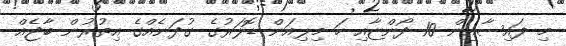
މި ފައިސާއިން 10 ދޯންޏާއި ހަ މިލިއަން ޑޮލަރުގެ ގުދަނެއްގެ އިތުރުން ބާޖެއް